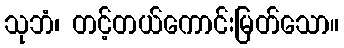
သုဘံ၊ တင့်တယ်ကောင်းမြတ်သော။